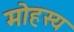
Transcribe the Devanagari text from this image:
मोहस्य